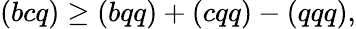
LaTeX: (bcq)\ge(bqq)+(cqq)-(qqq),